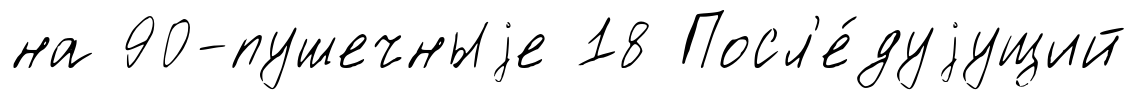
на 90-пушечныjе 18 Посл'е́дуjущий